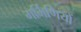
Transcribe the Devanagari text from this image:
गर्भिणियों